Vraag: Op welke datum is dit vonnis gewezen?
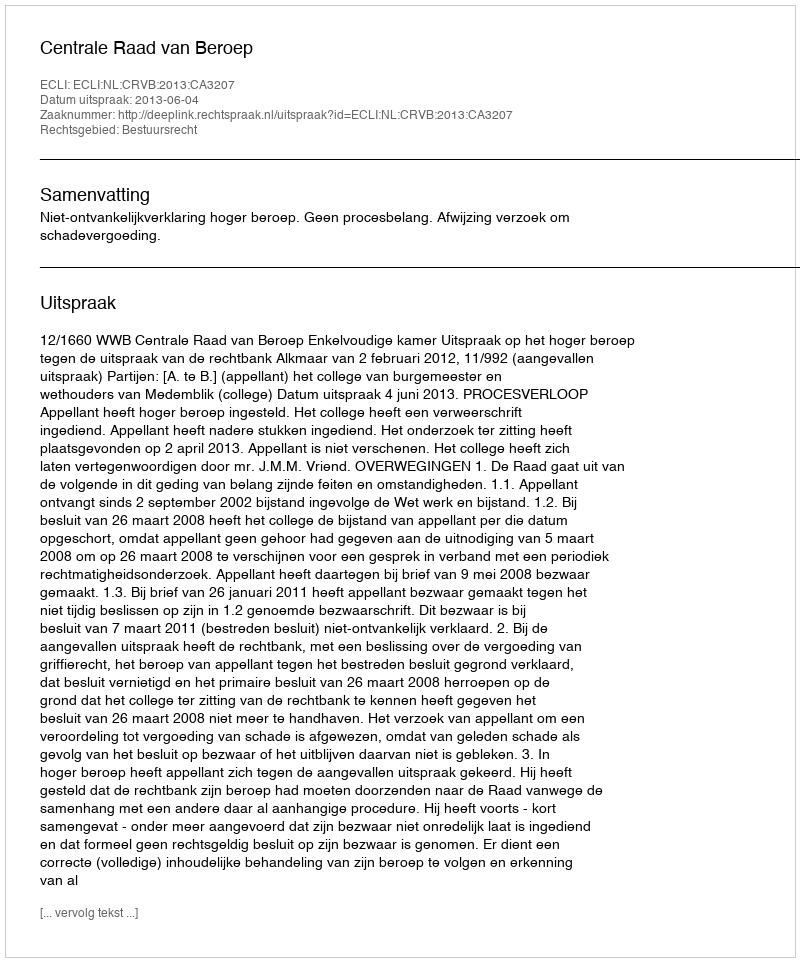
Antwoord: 2013-06-04